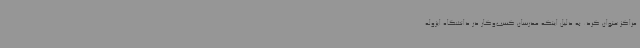
مراکز عنوان کرد: به دلیل اینکه مدرسان کسب‌وکار در دانشگاه ایزوله